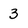
Character: 3